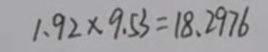
1 . 9 2 \times 9 . 5 3 = 1 8 . 2 9 7 6